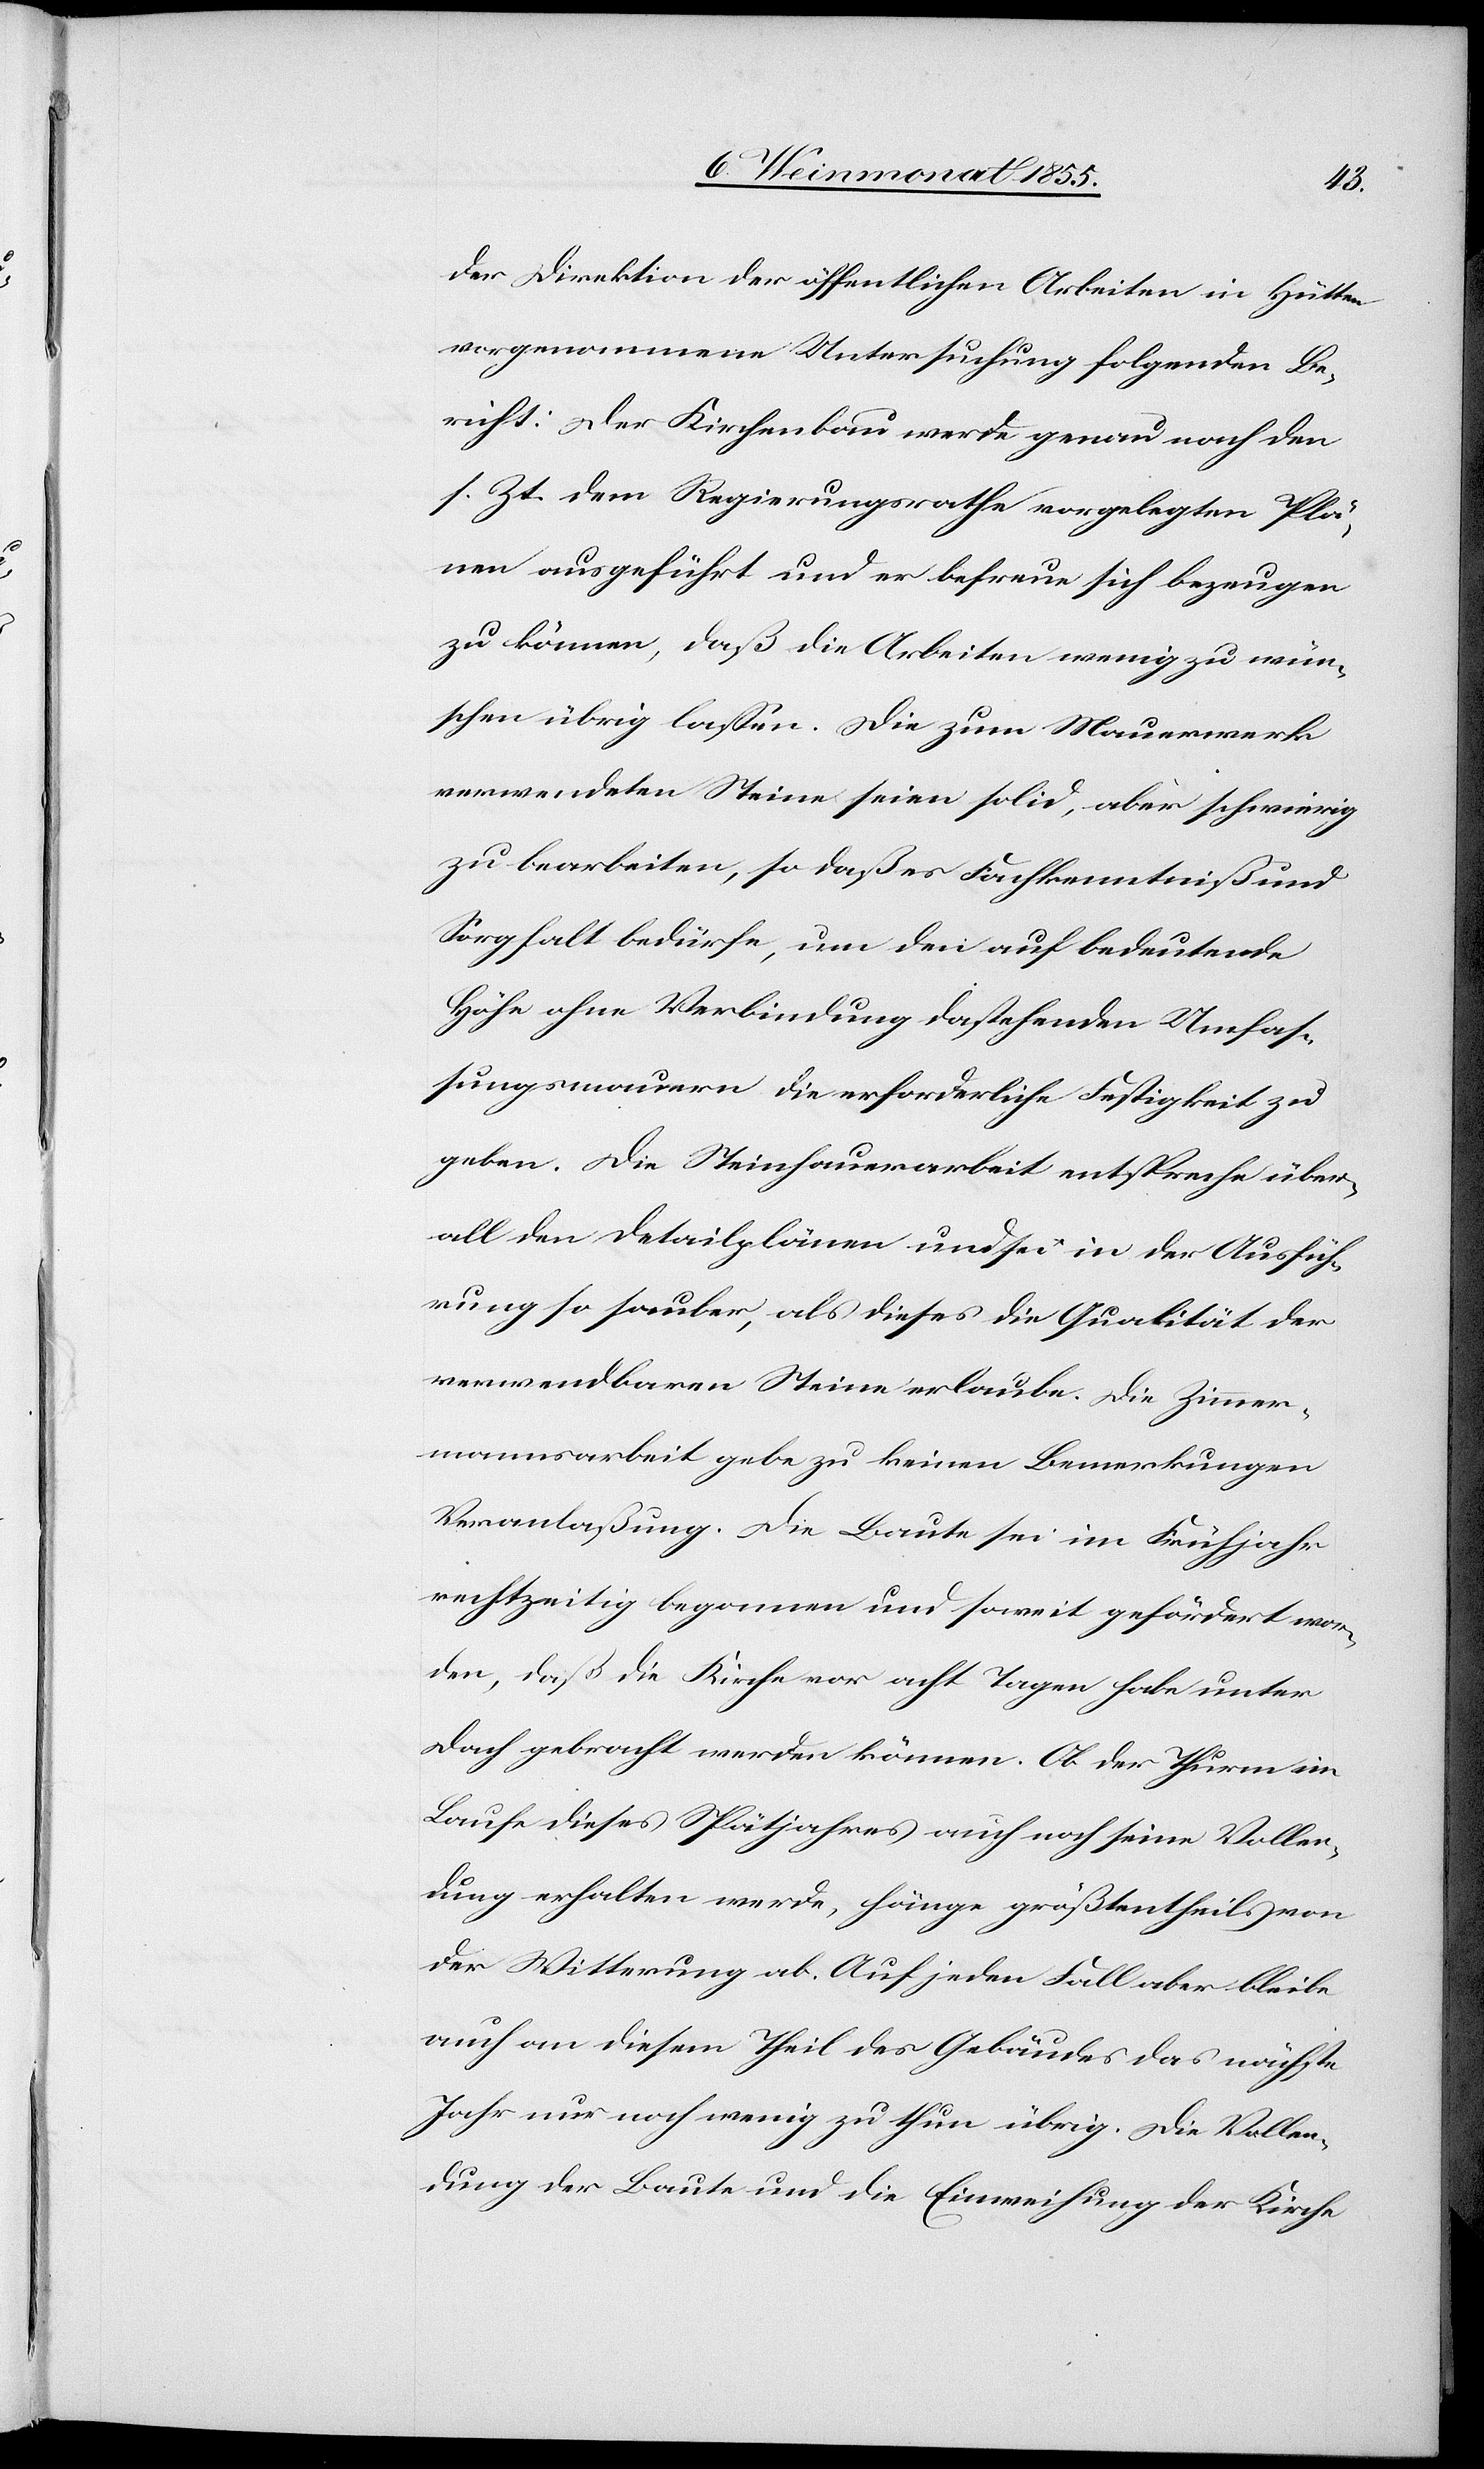
der Direktion der öffentlichen Arbeiten in Hütten
vorgenommene Untersuchung folgenden Be¬
richt: Der Kirchenbau werde genau nach den
s. Zt. dem Regierungsrathe vorgelegten Plä¬
nen ausgeführt und er befreue sich bezeugen
zu können, daß die Arbeiten wenig zu wün¬
schen übrig lassen. Die zum Mauerwerk
verwendeten Steine seien solid, aber schwierig
zu bearbeiten, so daß es Fachkenntniß und
Sorgfalt bedürfe, um den auf bedeutende
Höhe ohne Verbindung dastehenden Umfas¬
sungsmauern die erforderliche Festigkeit zu
geben. Die Steinhauerarbeit entspreche über¬
all den Detailplänen und sei in der Ausfüh¬
rung so sauber, als dieses die Qualität der
verwendbaren Steine erlaube. Die Zimmer¬
mannsarbeit gebe zu keinen Bemerkungen
Veranlaßung. Die Baute sei im Frühjahr
rechtzeitig begonnen und soweit gefördert wor¬
den, daß die Kirche vor acht Tagen habe unter
Dach gebracht werden können. Ob der Thurm im
Laufe dieses Spätjahres auch noch seine Vollen¬
dung erhalten werde, hänge größtentheils von
der Witterung ab. Auf jeden Fall aber bleibe
auch an diesem Theil des Gebäudes das nächste
Jahr nur noch wenig zu thun übrig. Die Vollen¬
dung der Baute und die Einweihung der Kirche